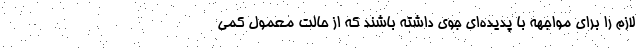
لازم را برای مواجهه با پدیده‌ای جوی داشته باشند که از حالت معمول کمی